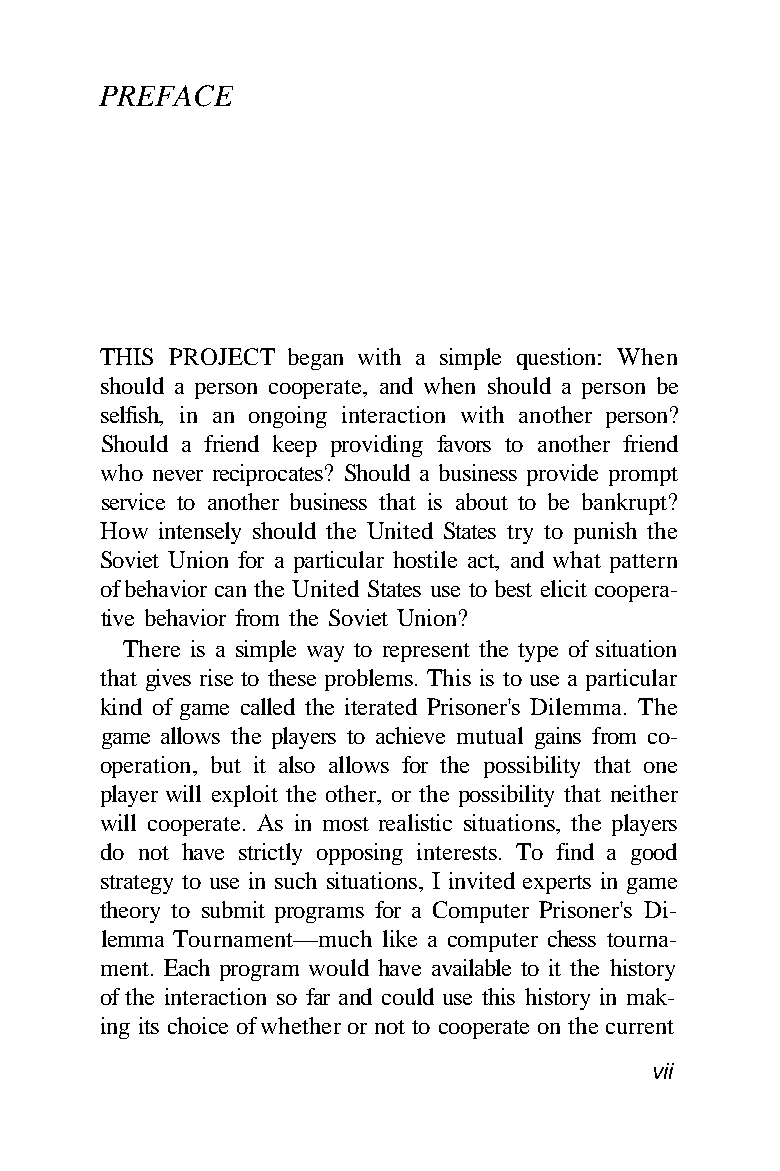
PREFACE
 THIS PROJECT began with a simple question: When
 should a person cooperate, and when should a person be
 selfish, in an ongoing interaction with another person?
 Should a friend keep providing favors to another friend
 who never reciprocates? Should a business provide prompt
 service to another business that is about to be bankrupt?
 How intensely should the United States try to punish the
 Soviet Union for a particular hostile act, and what pattern
 of behavior can the United States use to best elicit coopera-
 tive behavior from the Soviet Union?
 There is a simple way to represent the type of situation
 that gives rise to these problems. This is to use a particular
 kind of game called the iterated Prisoner's Dilemma. The
 game allows the players to achieve mutual gains from co-
 operation, but it also allows for the possibility that one
 player will exploit the other, or the possibility that neither
 will cooperate. As in most realistic situations, the players
 do not have strictly opposing interests. To find a good
 strategy to use in such situations, I invited experts in game
 theory to submit programs for a Computer Prisoner's Di-
 lemma Tournament—much like a computer chess tourna-
 ment. Each program would have available to it the history
 of the interaction so far and could use this history in mak-
 ing its choice of whether or not to cooperate on the current
 vii